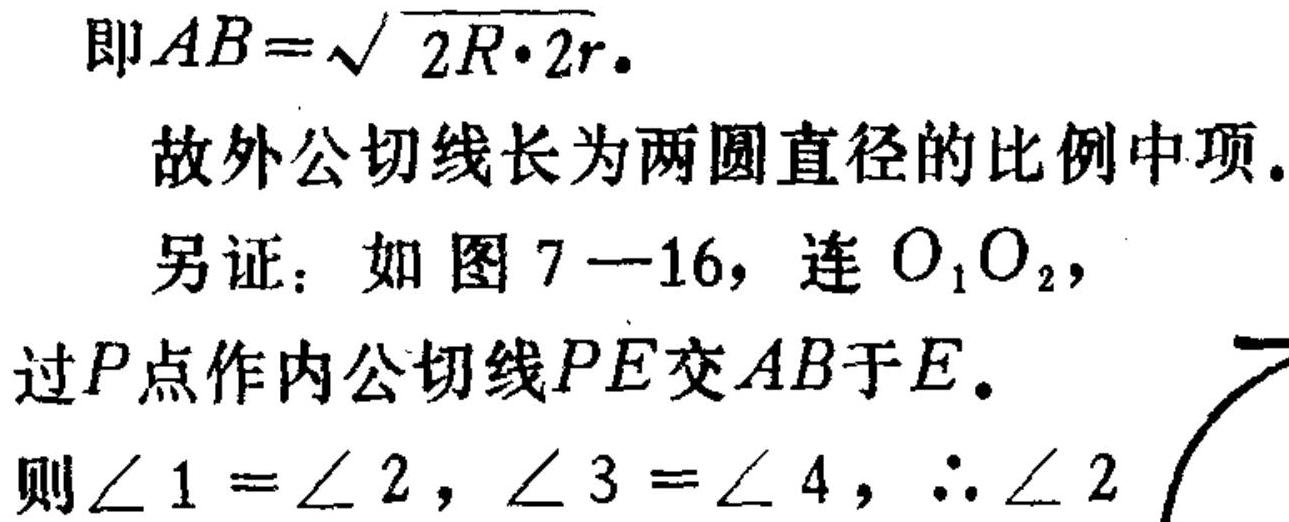
即$AB = \sqrt{2R\cdot 2r}。$
故外公切线长为两圆直径的比例中项。
另证：如图$7 - 16$，连$O_{1}O_{2}$，
过$P$点作内公切线$PE$交$AB$于$E$。
则$\angle 1=\angle 2,\angle 3=\angle 4,\therefore\angle 2$